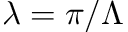
\lambda = \pi / \Lambda